Lunatic asylums Central Provinces reports 1886-1894 - 1886-1894
Year: 1886
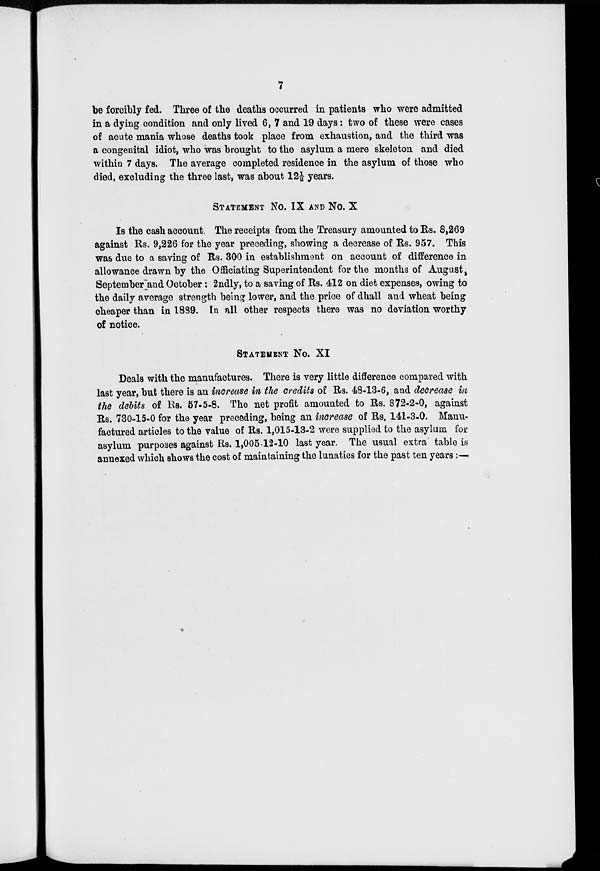
7
be forcibly fed. Three of the deaths occurred in patients who were admitted
in a dying condition and only lived 6, 7 and 19 days: two of these were cases
of acute mania whose deaths took place from exhaustion, and the third was
a congenital idiot, who was brought to the asylum a mere skeleton and died
within 7 days. The average completed residence in the asylum of those who
died, excluding the three last, was about 12½ years.
STATEMENT No. IX AND NO. X
Is the cash account. The receipts from the Treasury amounted to Rs. 8,269
against Rs. 9,226 for the year preceding, showing a decrease of Rs. 957. This
was due to a saving of Rs. 300 in establishment on account of difference in
allowance drawn by the Officiating Superintendent for the months of August,
September and October : 2ndly, to a saving of Rs. 412 on diet expenses, owing to
the daily average strength being lower, and the price of dhall and wheat being
cheaper than in 1889. In all other respects there was no deviation worthy
of notice.
STATEMENT NO. XI
Deals with the manufactures. There is very little difference compared with
last year, but there is an increase in the credits of Rs. 48-13-6, and decrease in
the debits of Rs. 57-5-8. The net profit amounted to Rs. 872-2-0, against
Rs. 730-15-0 for the year preceding, being an increase of Rs. 141-3-0. Manu-
factured articles to the value of Rs. 1,015-13-2 were supplied to the asylum for
asylum purposes against Rs. 1,005-12-10 last year. The usual extra table is
annexed which shows the cost of maintaining the lunatics for the past ten years:—